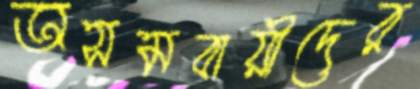
অসমবায়ীদের